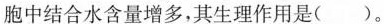
胞中结合水含量增多，其生理作用是( )。